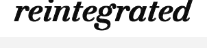
reintegrated